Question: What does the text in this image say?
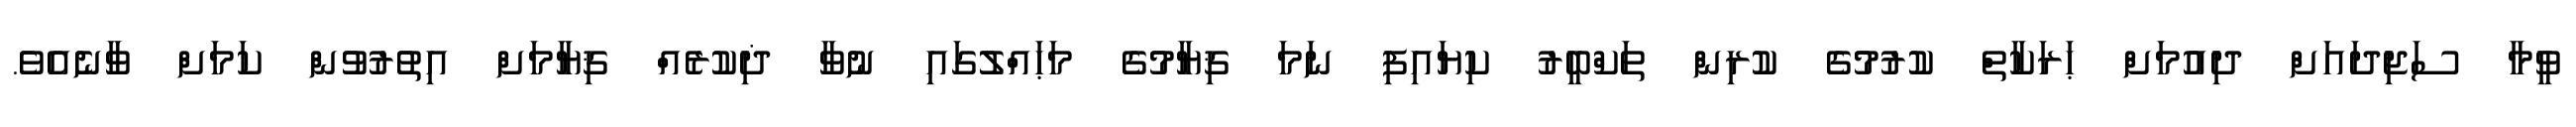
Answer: ވީމާ ސަޖިދައަށް ދިއުމަށް ޙަރަކާތް ކުރުމުގެ ކުރިން ތަކްބީރު ކިޔައިފި ނަމަ ޤިޔާމުގެ މަޙައްލުގައި ނުވާ ޛިކުރެއް ޤިޔާމަށް އިތުރުވުން ކަމަށް ވާނެއެވެ.